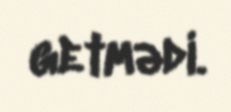
getmədi.